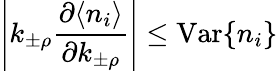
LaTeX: \left|k_{\pm\rho}\frac{\partial\langle n_{i}\rangle}{\partial k_{\pm\rho}}\right|\leq\mathrm{Var}\{ n_{i}\}